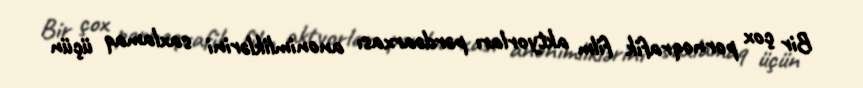
Bir çox pornoqrafik film aktyorları pərdəarxası anonimliklərini saxlamaq üçün